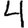
Digit: 4